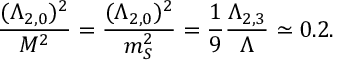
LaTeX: { \frac { ( \Lambda _ { 2 , 0 } ) ^ { 2 } } { M ^ { 2 } } } = { \frac { ( \Lambda _ { 2 , 0 } ) ^ { 2 } } { m _ { S } ^ { 2 } } } = { \frac { 1 } { 9 } } { \frac { \Lambda _ { 2 , 3 } } { \Lambda } } \simeq 0 . 2 .